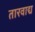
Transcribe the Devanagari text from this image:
तारवाद्य